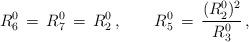
LaTeX: \begin{align*}R^0_6 \, = \, R^0_7 \, = \, R^0_2 \, , \qquad R^0_5 \, = \, \frac{(R^0_2)^2}{R^0_3} \, ,\end{align*}